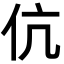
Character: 伉